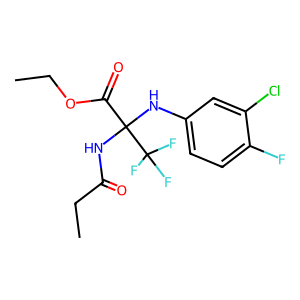
SMILES: CCOC(=O)C(NC(=O)CC)(Nc1ccc(F)c(Cl)c1)C(F)(F)F
Inhibits HIV replication: No